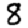
Digit: 8